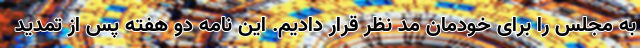
به مجلس را برای خودمان مد نظر قرار دادیم. این نامه دو هفته پس از تمدید